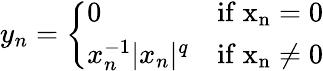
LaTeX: y_{n}={\left\{ \begin{array}{ll}{0}&{\mathrm{{{if}\ x_{n}=0}}}\\ {x_{n}^{-1}|x_{n}|^{q}}&{\mathrm{{{if}\ x_{n}\not=0}}}\end{array}\right.}